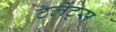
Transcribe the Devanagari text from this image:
टॅलेंट्स